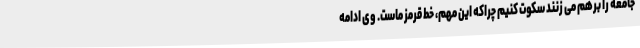
جامعه را برهم می زنند سکوت کنیم چراکه این مهم، خط قرمز ماست. وی ادامه